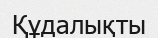
Құдалықты